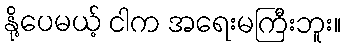
နို့ပေမယ့် ငါက အရေးမကြီးဘူး။